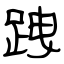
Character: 跩